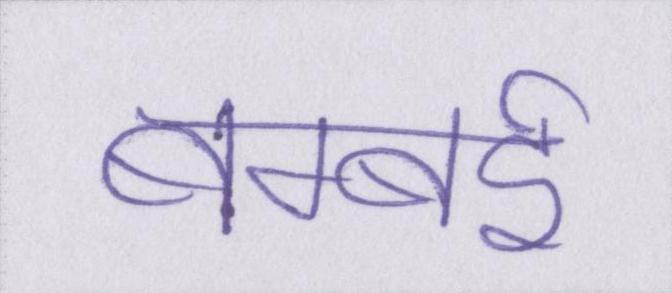
बम्बई